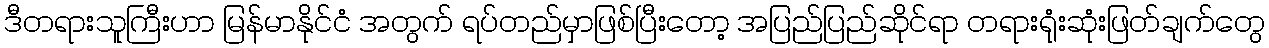
ဒီတရားသူကြီးဟာ မြန်မာနိုင်ငံ အတွက် ရပ်တည်မှာဖြစ်ပြီးတော့ အပြည်ပြည်ဆိုင်ရာ တရားရုံးဆုံးဖြတ်ချက်တွေ